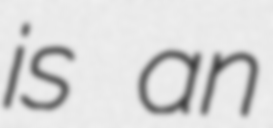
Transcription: is an